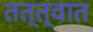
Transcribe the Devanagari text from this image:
तत्त्वात